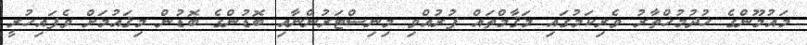
މައުމޫންގެ ޚުދުމުޚްތާރު ވެރިކަމުގައި މަޤާމްތައް ފުރުއްވި މިނިސްޓަރުންނާއި ބޮޑުންގެ ބޮޑުން މިޤައުމަށް ވެފައިހުރީ